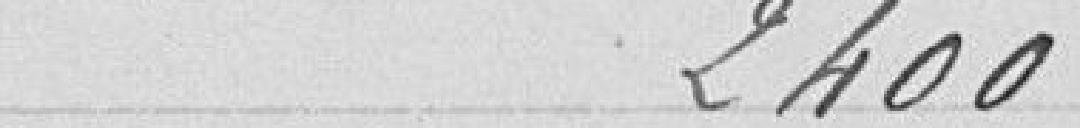
2400